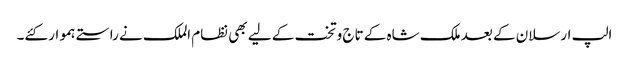
الپ ارسلان کے بعد ملک شاہ کے تاج وتخت کے لیے بھی نظام الملک نے راستے ہموار کئے۔